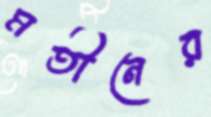
মতীনের